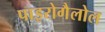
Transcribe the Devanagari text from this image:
पाइरोगैलोल